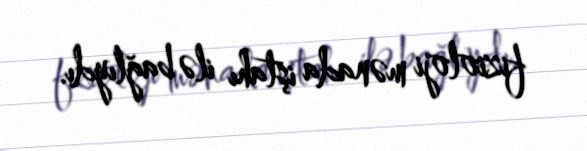
fizioloji mənada iştahı ilə bağlıydı.